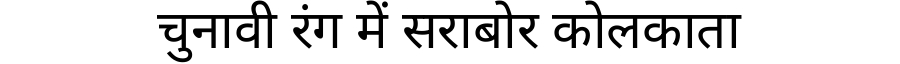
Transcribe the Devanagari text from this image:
चुनावी रंग में सराबोर कोलकाता